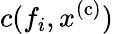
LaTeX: c(f_{i},x^{\mathrm{(c)}})